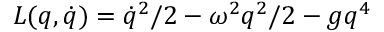
L ( q , \dot { q } ) = \dot { q } ^ { 2 } / 2 - \omega ^ { 2 } q ^ { 2 } / 2 - g q ^ { 4 }